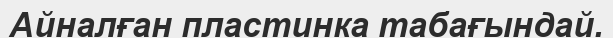
Айналған пластинка табағындай.